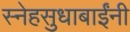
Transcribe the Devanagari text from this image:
स्नेहसुधाबाईंनी